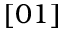
[ 0 1 ]